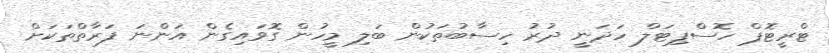
ޓްރީޓޮޕް ހޮސްޕިޓަލް ހަދަނީ ދުރު ހިސާބުތަކުން ބަލި މީހުން ގޮވައިގެން އަންނަ ފަރާތްތަކަށް